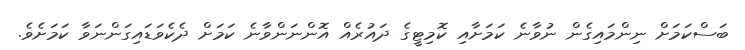
ބަސްކަމަށް ނިންމައިގެން ނުވާނެ ކަމަށާއި ކޮމިޓީގެ ދައުރެއް އޮންނަންވާނެ ކަމަށް ދެކެވަޑައިގަންނަވާ ކަމަށެވެ.